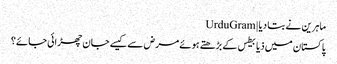
ماہرین نے بتا دیا | UrduGram
پاکستان میں ذیابیطس کے بڑھتے ہوئے مرض سے کیسے جان چھڑائی جائے؟